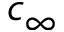
c _ { \infty }